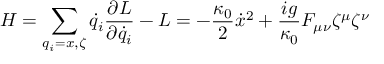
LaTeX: H = \sum _ { q _ { i } = x , \zeta } \dot { q } _ { i } \frac { \partial L } { \partial \dot { q } _ { i } } - L = - \frac { \kappa _ { 0 } } { 2 } \dot { x } ^ { 2 } + \frac { i g } { \kappa _ { 0 } } F _ { \mu \nu } \zeta ^ { \mu } \zeta ^ { \nu }